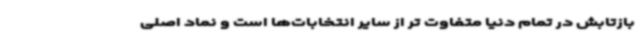
بازتابش در تمام دنیا متفاوت تر از سایر انتخابات‌ها است و نماد اصلی